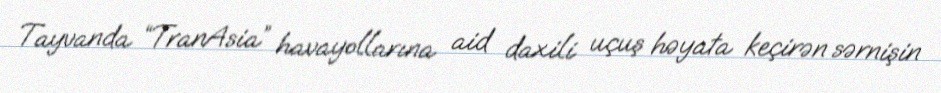
Tayvanda “TranAsia” havayollarına aid daxili uçuş həyata keçirən sərnişin